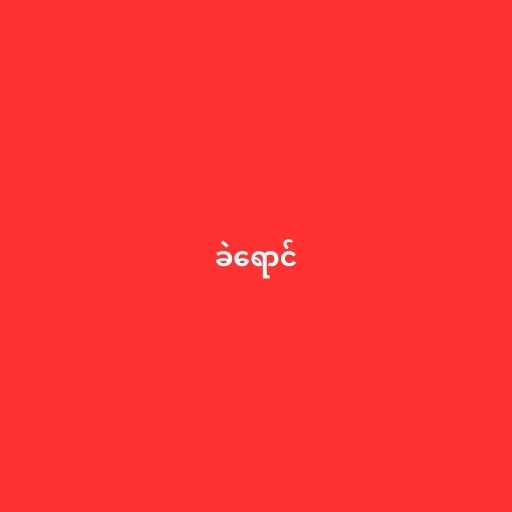
ခဲရောင်